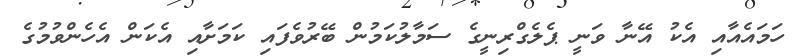
ހަމައެއާއި އެކު އޭނާ ވަނީ ޕެލެގްރިނީގެ ސަމާލުކަމުން ބޭރުވެފައި ކަމަށާއި އެކަން އެހެންވުމުގެ